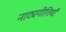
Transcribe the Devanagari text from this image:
नाट्यगीतियाँ